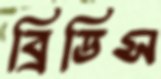
ব্রিডিস